Cholera in India, 1862 to 1881
Year: 1862
Disease focus: Cholera
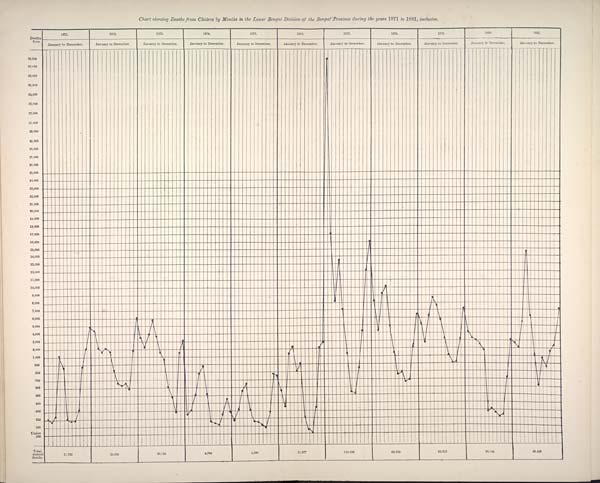
Chart showing Deaths from Cholera by Months in the Lower Bengal Division of the Bengal Province during the years 1871 to 1881, inclusive.